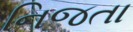
નિજતા